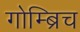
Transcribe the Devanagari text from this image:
गोम्ब्रिच